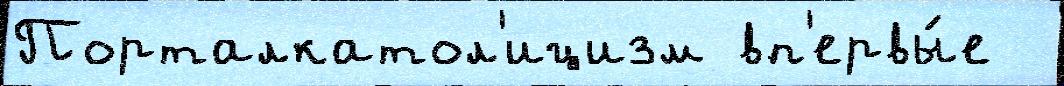
Порталкатол'ицизм вп'ервы́е